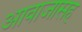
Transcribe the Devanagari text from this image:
आवाजासह